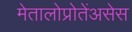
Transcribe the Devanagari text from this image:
मेतालोप्रोतेंअसेस